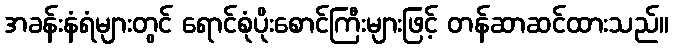
အခန်းနံရံများတွင် ရောင်စုံပိုးစောင်ကြီးများဖြင့် တန်ဆာဆင်ထားသည်။